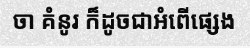
ចា គំនូរ ក៏ដូចជាអំពើផ្សេង